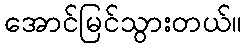
အောင်မြင်သွားတယ်။